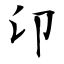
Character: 卬